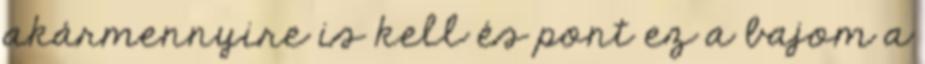
akármennyire is kell és pont ez a bajom a